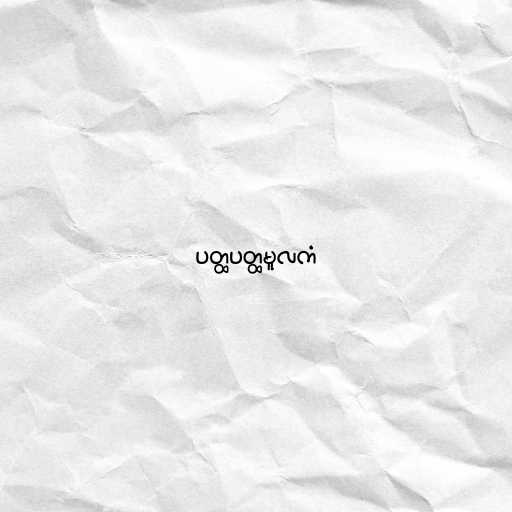
ပတ္ထပတ္ထမူလကံ